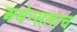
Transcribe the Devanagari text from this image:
अथेन्सलाच